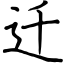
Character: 迁